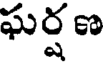
ఘర్షణ